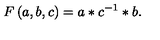
F \left( a , b , c \right) = a * c ^ { - 1 } * b .